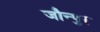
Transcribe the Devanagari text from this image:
जौन्पुर